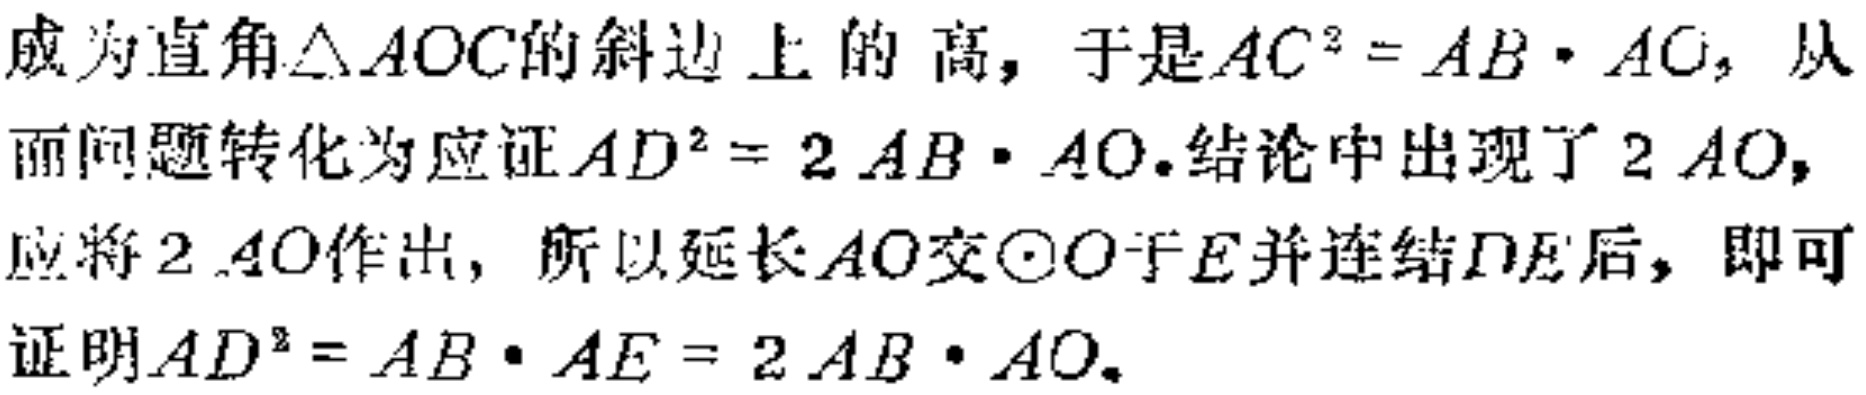
成为直角$\triangle AOC$的斜边上的高，于是$AC^{2}=AB\cdot AC$，从而问题转化为应证$AD^{2}=2AB\cdot AO$.结论中出现了$2AO$，应将$2AO$作出，所以延长$AO$交$\odot O$于$E$并连结$DE$后，即可证明$AD^{2}=AB\cdot AE = 2AB\cdot AO$.